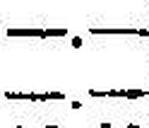
—.—